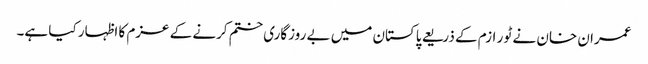
عمران خان نے ٹو ر ازم کے ذریعے پاکستان میں بے روزگاری ختم کرنے کے عزم کا اظہار کیا ہے۔